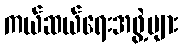
ကယ်ဆယ်ရေးအဖွဲ့များ